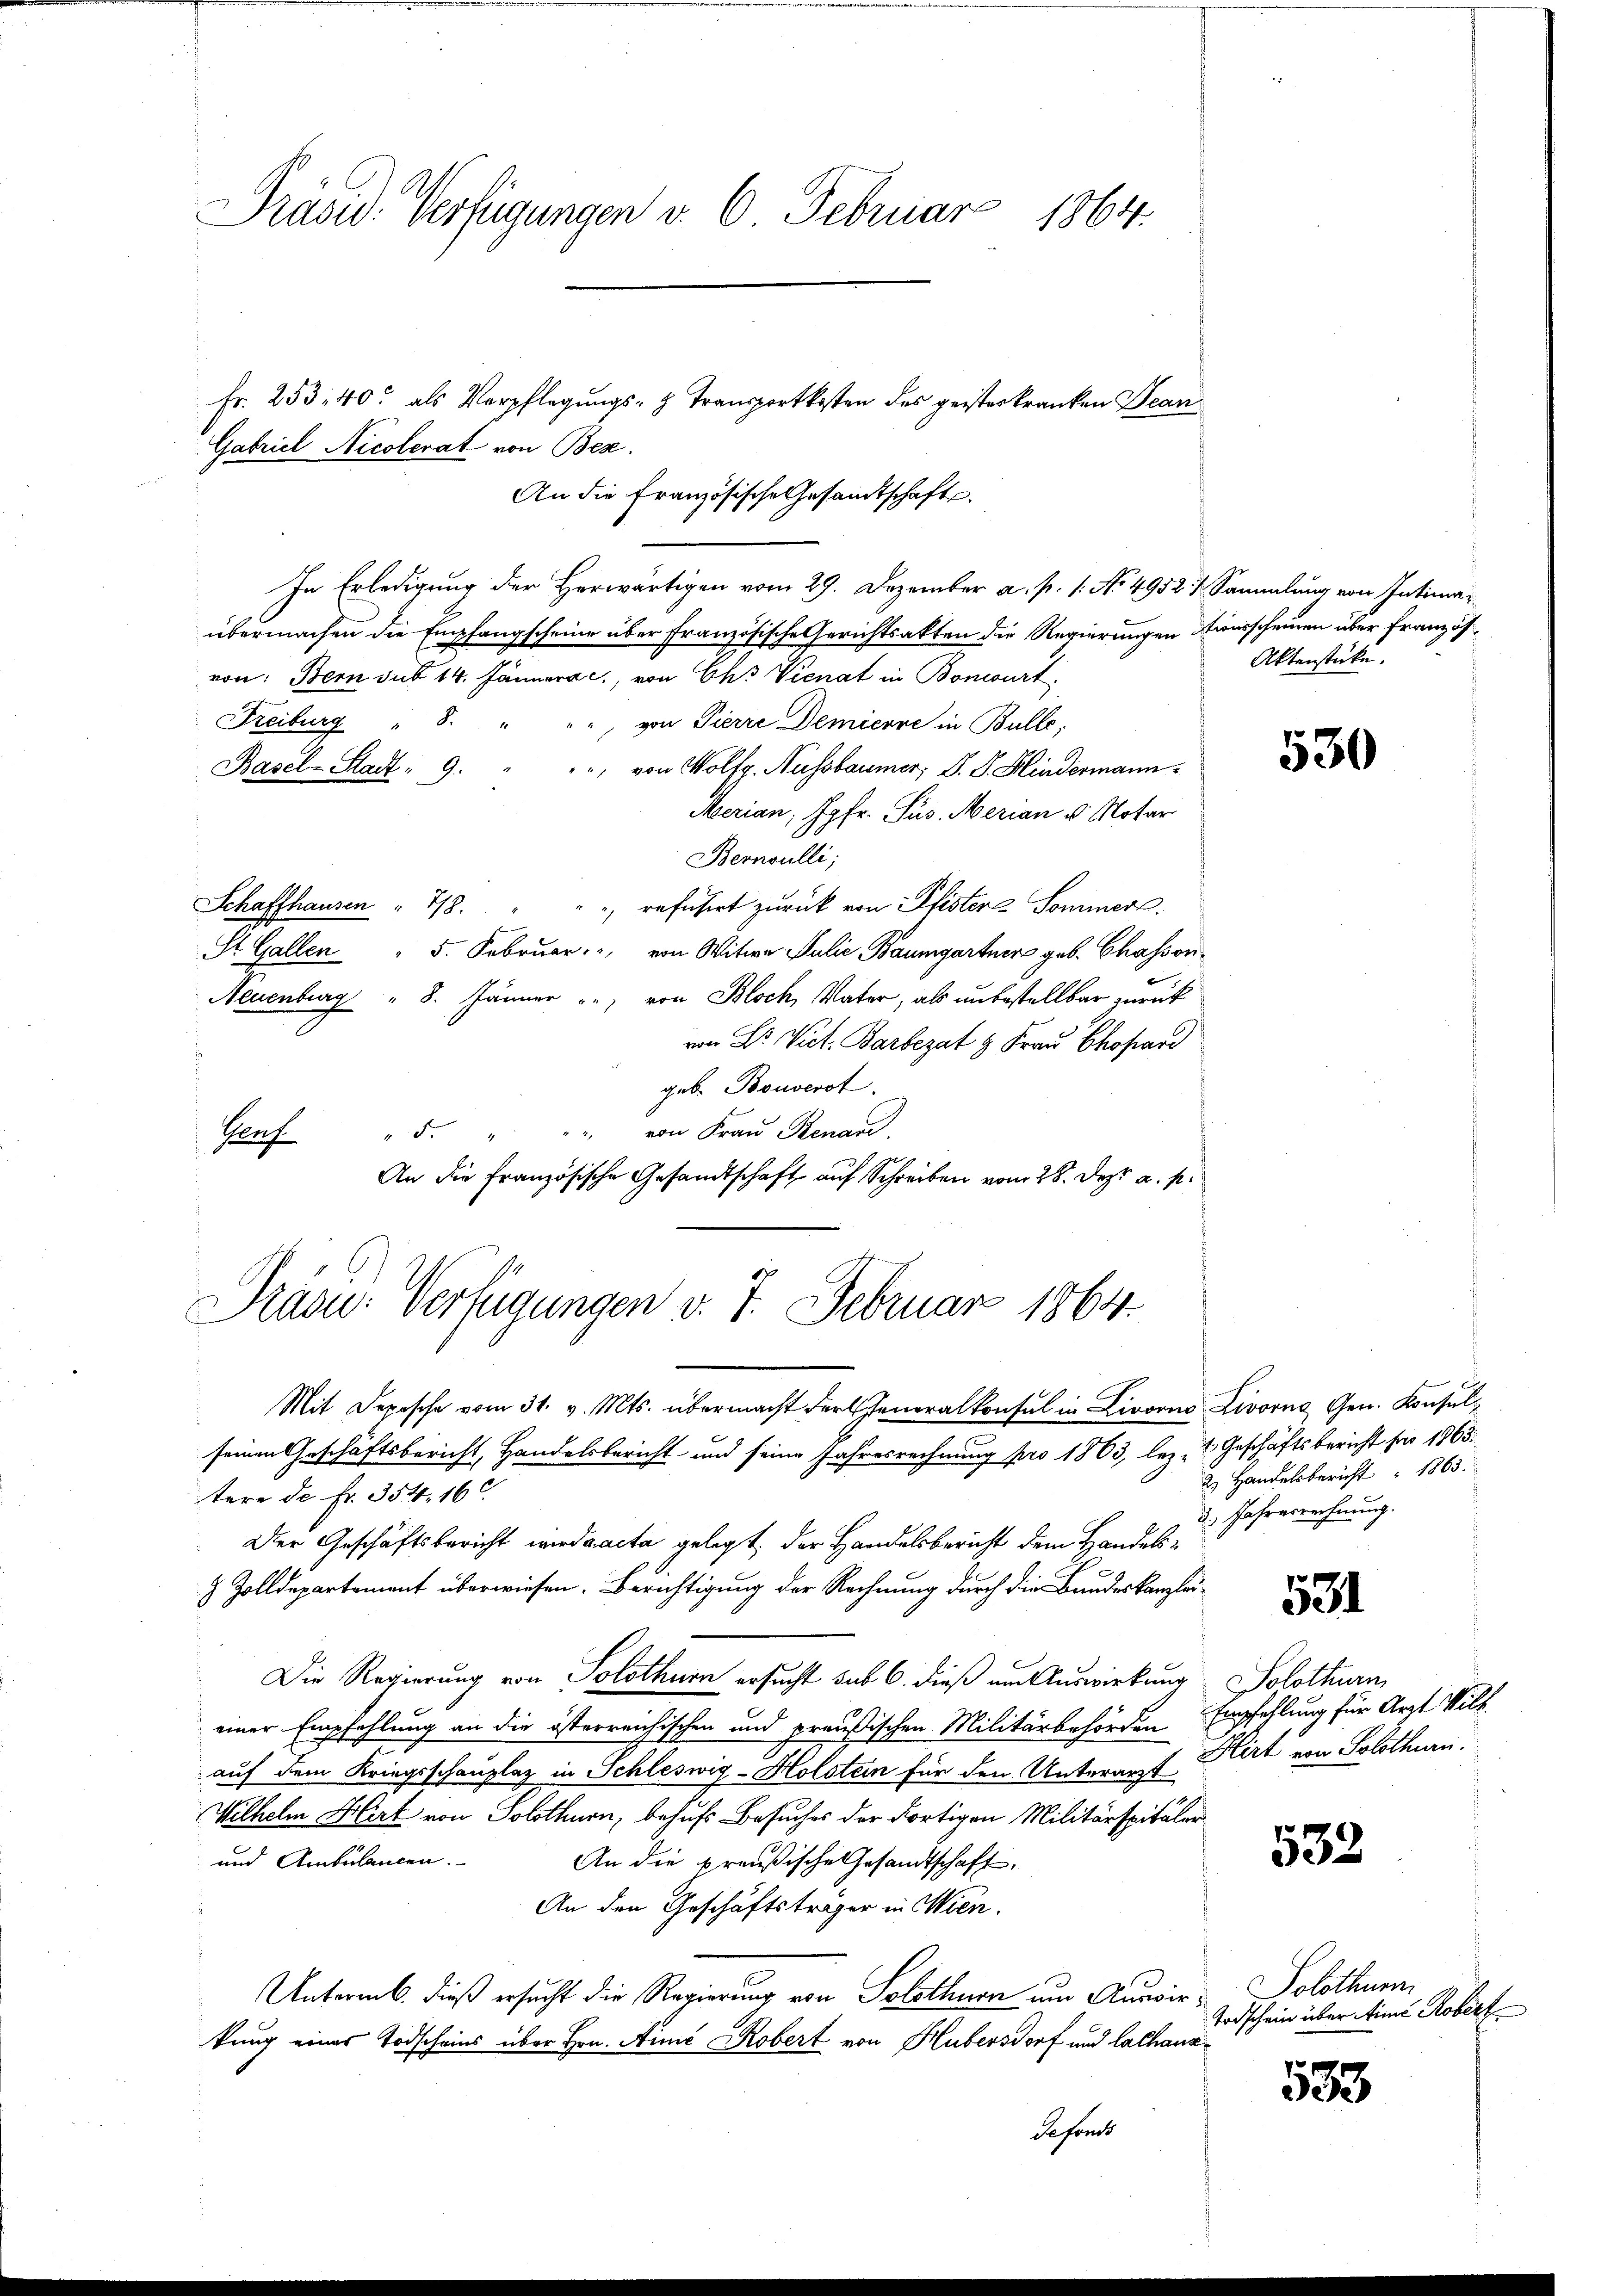
Präsid. Verfügungen v. 6. Februar 1864.
Fr. 253, 40 als Verpflegungs- & Transportkosten des geisteskranken Tean¬

übermachen die Empfangscheine über französische Gerichtsakten die Regierungen Einsscheinen über Französvon: Bern sub 14. Jännera c., von Chs Vienat in Boncourt,
Freiburg " 8. "
", von Pierre Demicore in Bulle;
Basel-Stadt - 9. " " " von Wolfg. Aussbaumer, D. S. Hindermann
Merian, Jgfr. Sus. Merian u. Notar
Bernoulli;
Schaffhausen " 718.
, reführt zurück von Pfisters Sommer.
St. Gallen
5. Februar von Witwe Julie Baumgartner geb. Chasson¬
Neuenburg " 8. Jänner " " von Bloch, Vater, als unbestellbar zurück
von Dr. Vict. Barbezat & Frau Chopar
geb. Bouverst
"5. " " " von Frau Renari
huf
An die französische Gesandtschaft auf Schreiben vom 28. Dezt a. p.

Gabriel Nicolerat von Bez.

Präsi- Verfügungen v. 7. Februar 1864.

An die Französische Gesamtschaft.
In Erledigung der Herwärtigen vom 29. Dezember a. p. 1. No. 4952. 4. Sammlung von Intima¬

Mit Depesche vom 31. v. Mts. übermacht der Generalkonsul in Livorno Livorne Gen. Konsulseinen Geschäftsbericht, Handelsbericht und seine Jahresrechnung pro 1863, lez- & Geschäftsbericht für 1865.
tere de Fr. 354. 16
Der Geschäftsbericht wirdaacta gelegt, der Handelsbericht dem Handels¬
 Zolldepartement überwiesen. Berichtigung der Rechnung durch die Bundeskanzlei-
Die Regierung von Solothurn ersucht sub 6. dieß um Auswirkung: Solothurn
einer Empfehlung an die österreichischen und preußischen Militärbehörden Empfehlung für Arzt Wilk
auf dem Kriegsschauplaz in Schleswig-Holstein für den Unterarzt Kirt von Solothurn
Wilhelm Hirt von Solothurn, behufs Besuches der dortigen Militärspitäler
und Ambulanten.
An die preußische Gesandtschaft,
An den Geschäftsträger in Wien.
Unterm. dieß ersucht die Regierung von Solothurn um Auswir- Solothurm
kung eines Todscheins über Hrn. Aime Robert von Hubersdorf und Cathaus¬
Reforde

Aktenstücke.

530

2. Handelsbericht 1863.
3. Jahresrechnung.

531

532

Todschein über Eine Robert

533